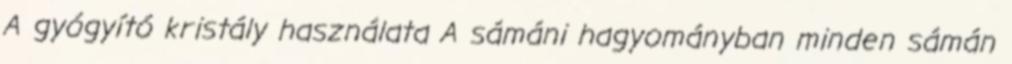
A gyógyító kristály használata A sámáni hagyományban minden sámán